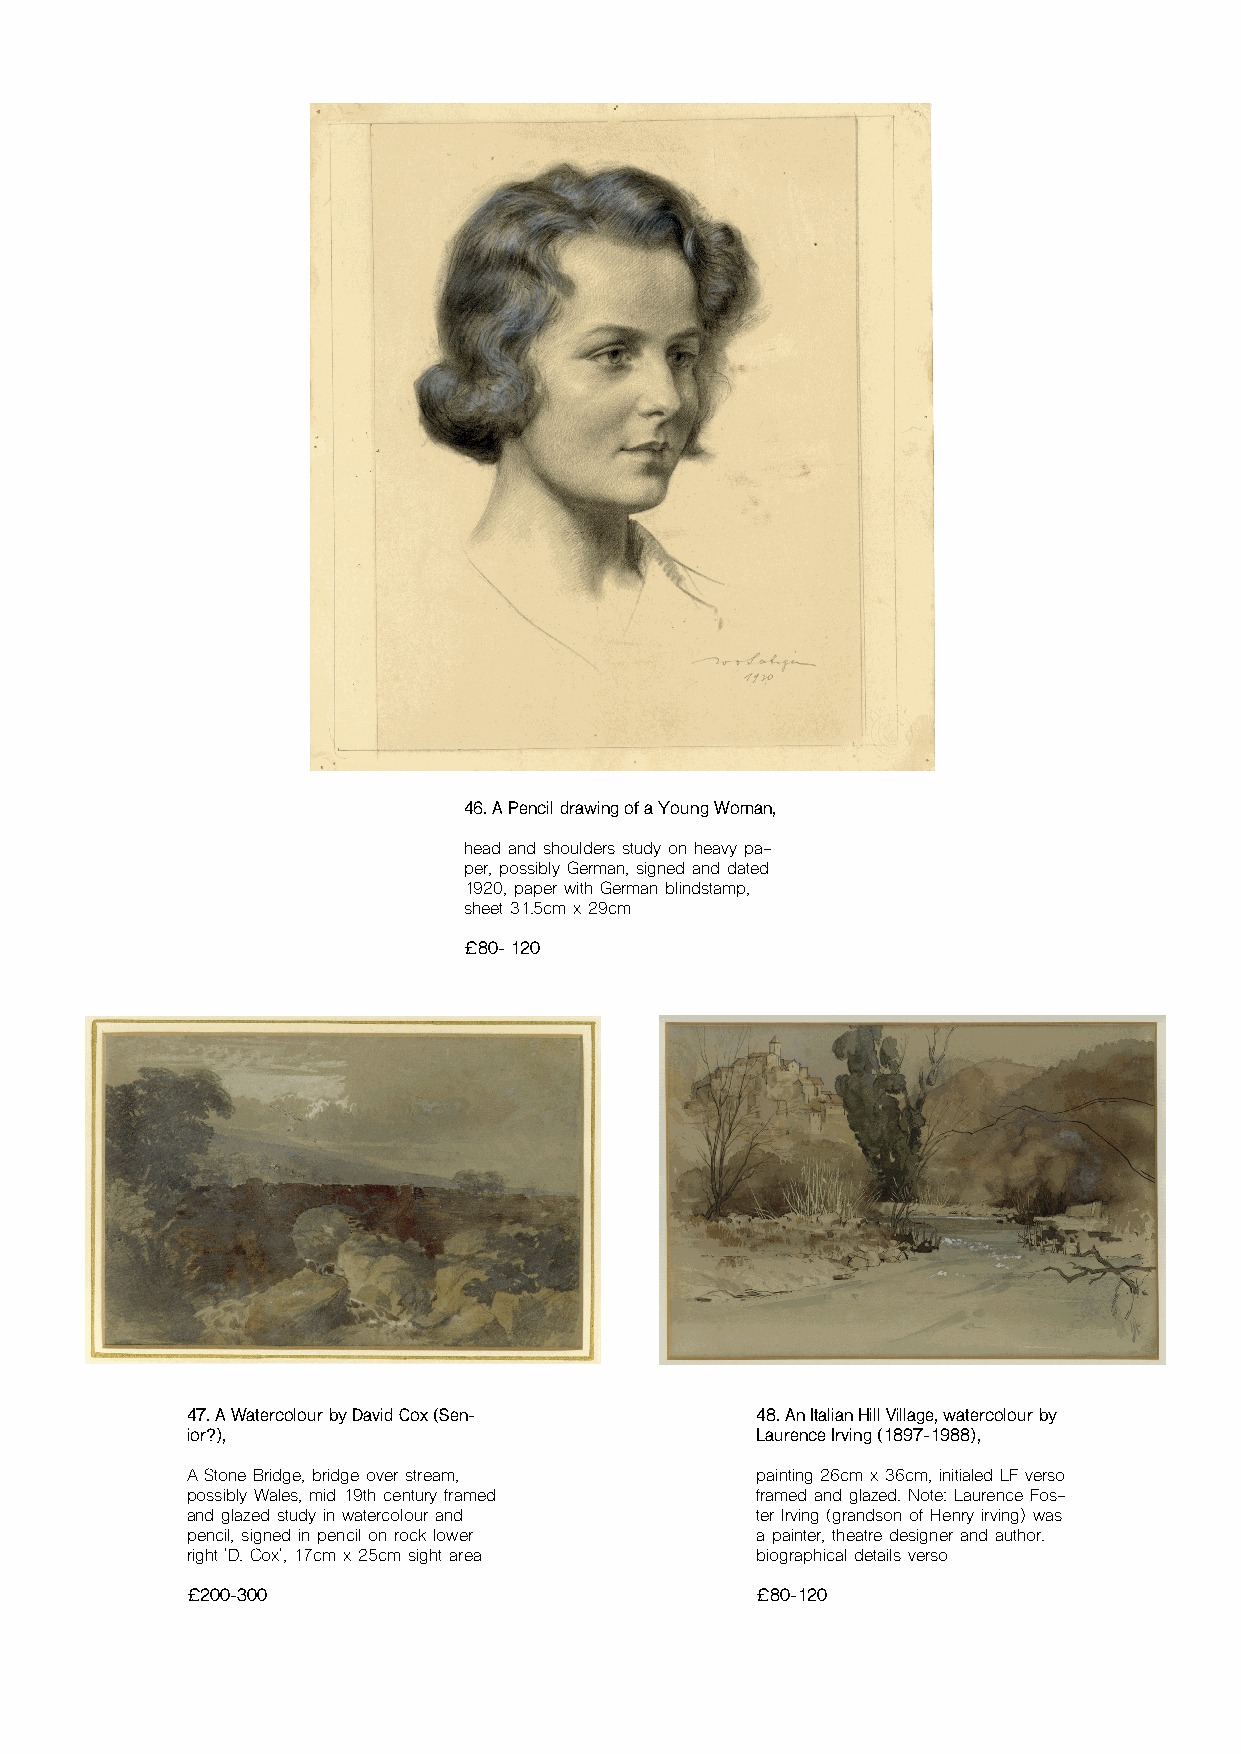
46. A Pencil drawing of a Young Woman,
 head and shoulders study on heavy pa-
 per, possibly German, signed and dated
 1920, paper with German blindstamp,
 sheet 31.5cm x 29cm
 £80- 120
 47. A Watercolour by David Cox (Sen-  48. An Italian Hill Village, watercolour by
 ior?),                                Laurence Irving (1897-1988),
 A Stone Bridge, bridge over stream,   painting 26cm x 36cm, initialed LF verso
 possibly Wales, mid 19th century framed framed and glazed. Note: Laurence Fos-
 and glazed study in watercolour and   ter Irving (grandson of Henry irving) was
 pencil, signed in pencil on rock lower a painter, theatre designer and author.
 right 'D. Cox', 17cm x 25cm sight area biographical details verso
 £200-300                              £80-120